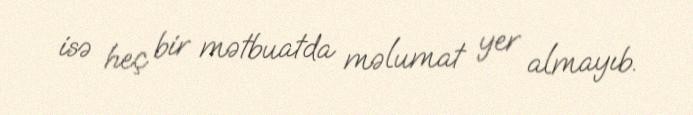
isə heç bir mətbuatda məlumat yer almayıb.